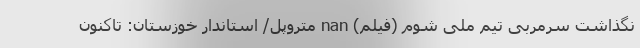
نگذاشت سرمربی تیم ملی شوم (فیلم) nan متروپل/ استاندار خوزستان: تاکنون